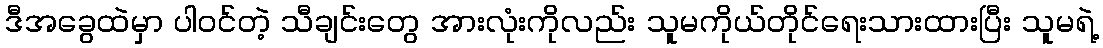
ဒီအခွေထဲမှာ ပါဝင်တဲ့ သီချင်းတွေ အားလုံးကိုလည်း သူမကိုယ်တိုင်ရေးသားထားပြီး သူမရဲ့